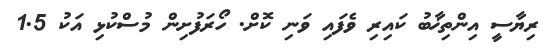
ރިޔާސީ އިންތިޚާބު ކައިރި ވެފައި ވަނި ކޮށް. ހޯރަފުށިން މުސްކުޅި އަކު 1.5